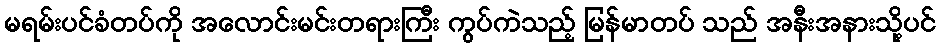
မရမ်းပင်ခံတပ်ကို အလောင်းမင်းတရားကြီး ကွပ်ကဲသည့် မြန်မာတပ် သည် အနီးအနားသို့ပင်